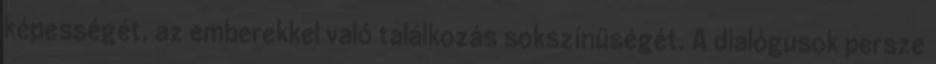
képességét, az emberekkel való találkozás sokszínűségét. A dialógusok persze